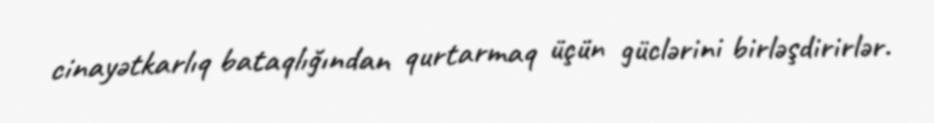
cinayətkarlıq bataqlığından qurtarmaq üçün güclərini birləşdirirlər.